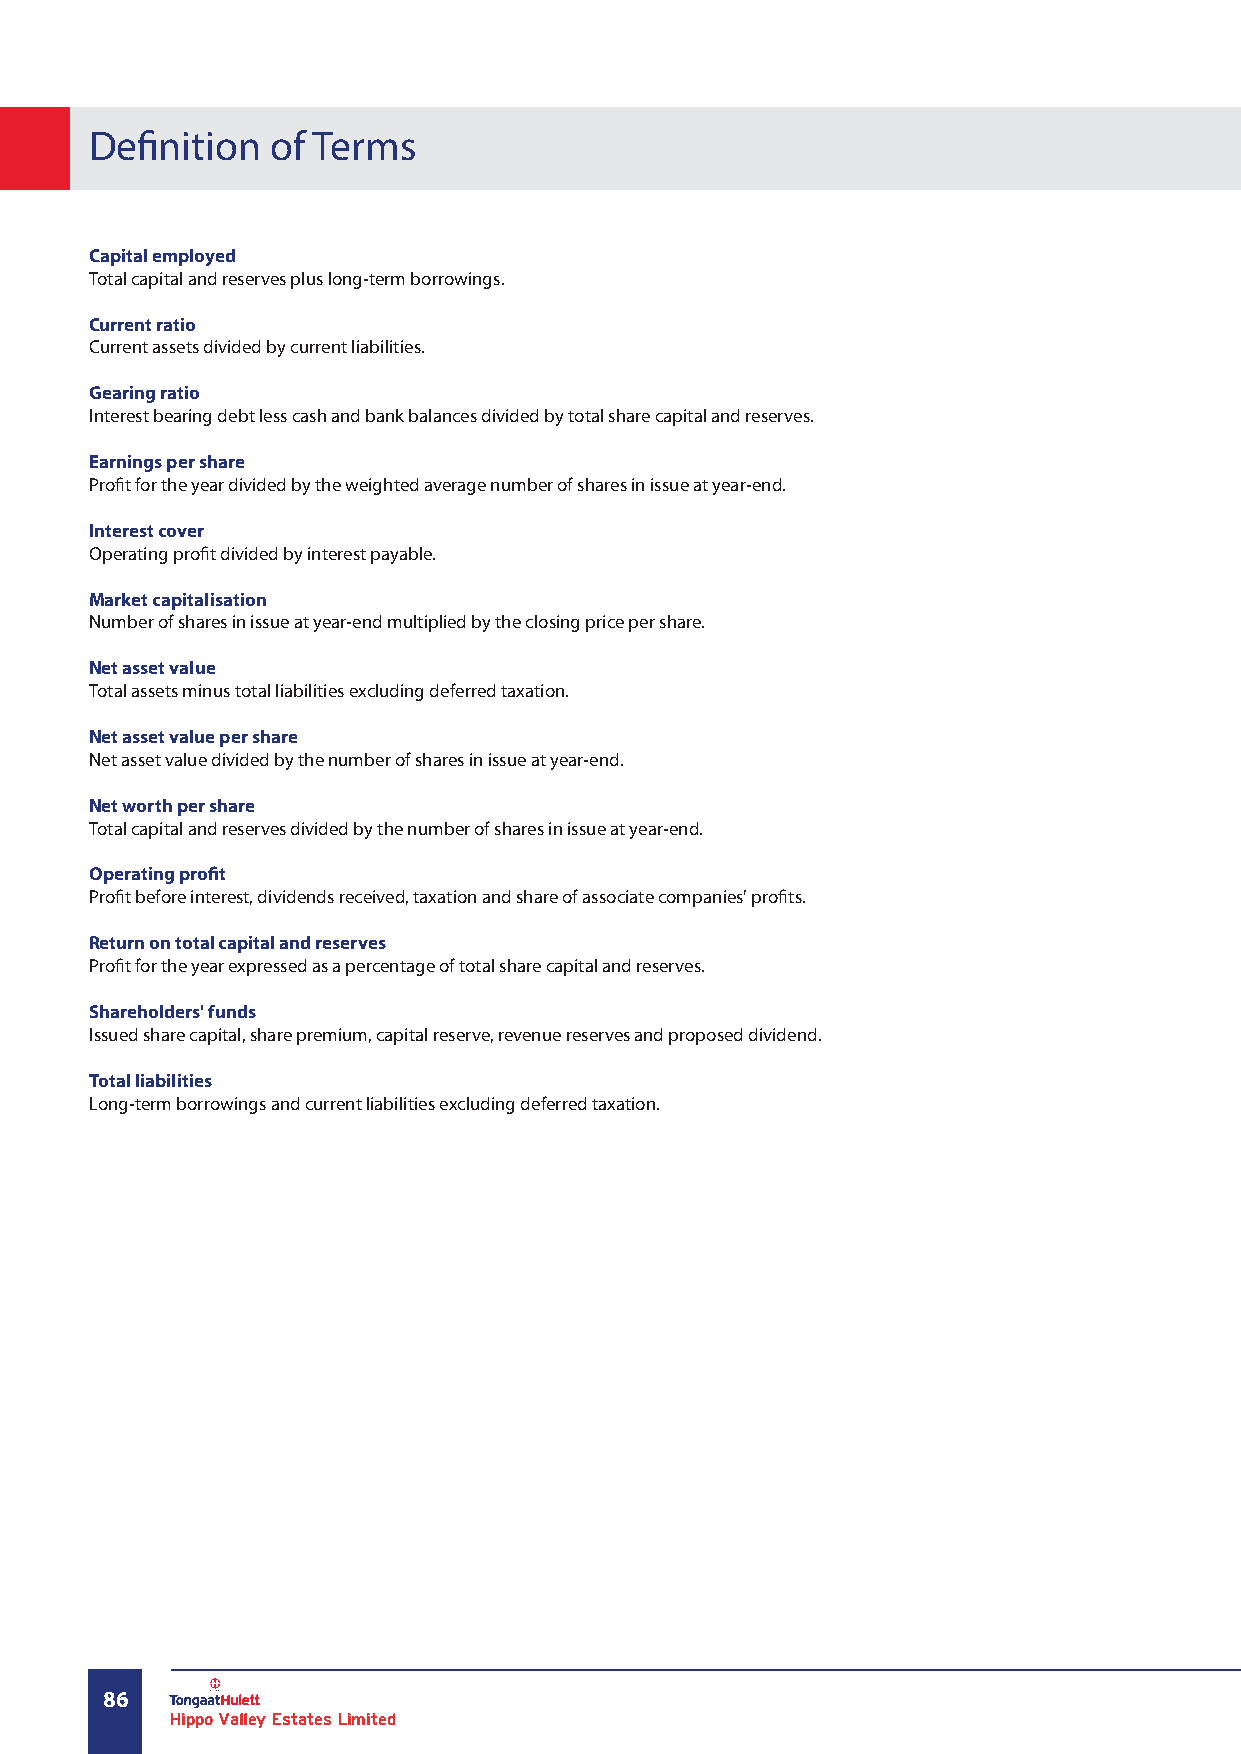
Definition  of Terms
 Capital employed
 Total capital and reserves plus long-term borrowings.
 Current ratio
 Current assets divided by current liabilities.
 Gearing ratio
 Interest bearing debt less cash and bank balances divided by total share capital and reserves.
 Earnings per share
 Profit for the year divided by the weighted average number of shares in issue at year-end.
 Interest cover
 Operating profit divided by interest payable.
 Market capitalisation
 Number of shares in issue at year-end multiplied by the closing price per share.
 Net asset value
 Total assets minus total liabilities excluding deferred taxation.
 Net asset value per share
 Net asset value divided by the number of shares in issue at year-end.
 Net worth per share
 Total capital and reserves divided by the number of shares in issue at year-end.
 Operating profit
 Profit before interest, dividends received, taxation and share of associate companies' profits.
 Return on total capital and reserves
 Profit for the year expressed as a percentage of total share capital and reserves.
 Shareholders' funds
 Issued share capital, share premium, capital reserve, revenue reserves and proposed dividend.
 Total liabilities
 Long-term borrowings and current liabilities excluding deferred taxation.
 86
 Hippo Valley Estates Limited